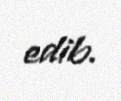
edib.